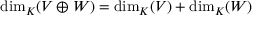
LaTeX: \dim _ { K } ( V \oplus W ) = \dim _ { K } ( V ) + \dim _ { K } ( W )